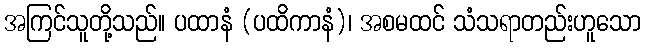
အကြင်သူတို့သည်။ ပထာနံ (ပထိကာနံ)၊ အစမထင် သံသရာတည်းဟူသော